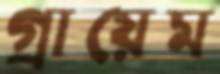
গ্রায়েম